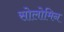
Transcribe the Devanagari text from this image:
सोलोमिन